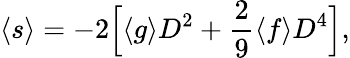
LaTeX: \begin{array}{ccc}{\displaystyle{\langle s\rangle=-2\Big[\langle g\rangle D^{2}+\frac{2}{9}\langle f\rangle D^{4}\Big],}}\end{array}